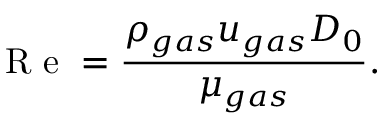
\mathrm { ~ R ~ e ~ } = \frac { \rho _ { g a s } u _ { g a s } D _ { 0 } } { \mu _ { g a s } } .